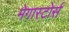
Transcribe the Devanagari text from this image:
मेगास्टोर्स